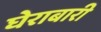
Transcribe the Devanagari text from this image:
घेराबारी